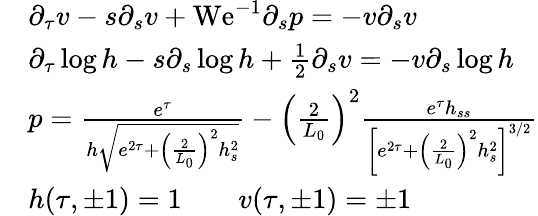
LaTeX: \begin{array}{rl}&{\partial_{\tau}v-s\partial_{s}v+\mathrm{We}^{-1}\partial_{s}p=-v\partial_{s}v}\\ &{\partial_{\tau}\log h-s\partial_{s}\log h+\frac{1}{2}\partial_{s}v=-v\partial_{s}\log h}\\ &{p=\frac{e^{\tau}}{h\sqrt{e^{2\tau}+\left(\frac{2}{L_{0}}\right)^{2}h_{s}^{2}}}-\left(\frac{2}{L_{0}}\right)^{2}\frac{e^{\tau}h_{ss}}{\left[e^{2\tau}+\left(\frac{2}{L_{0}}\right)^{2}h_{s}^{2}\right]^{3/2}}}\\ &{h(\tau,\pm 1)=1\qquad v(\tau,\pm 1)=\pm 1}\end{array}